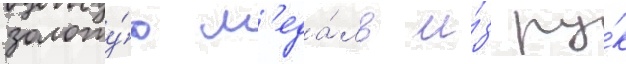
золоту́ю м'еда́ль и́з ру́к